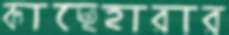
কাছেহারার